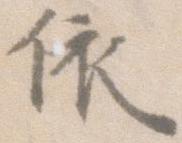
依